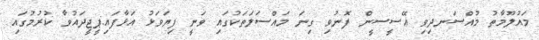
މައުލޫމާތު މުއްސަނދިވި އޭސީސީން ފޮނުވި ގިނަ މައްސަލަތަކުގައި ވަނީ ފިޔަވަޅު އަޅާފައި:ޕީޖީދައުވާ ކުރުމުގައި